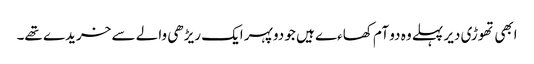
ابھی تھوڑی دیر پہلے وہ دو آم کھاءے ہیں جو دوپہر ایک ریڑھی والے سے خریدے تھے۔